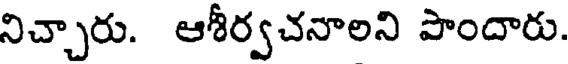
నిచ్చారు. ఆశీర్వచనాలని పొందారు.